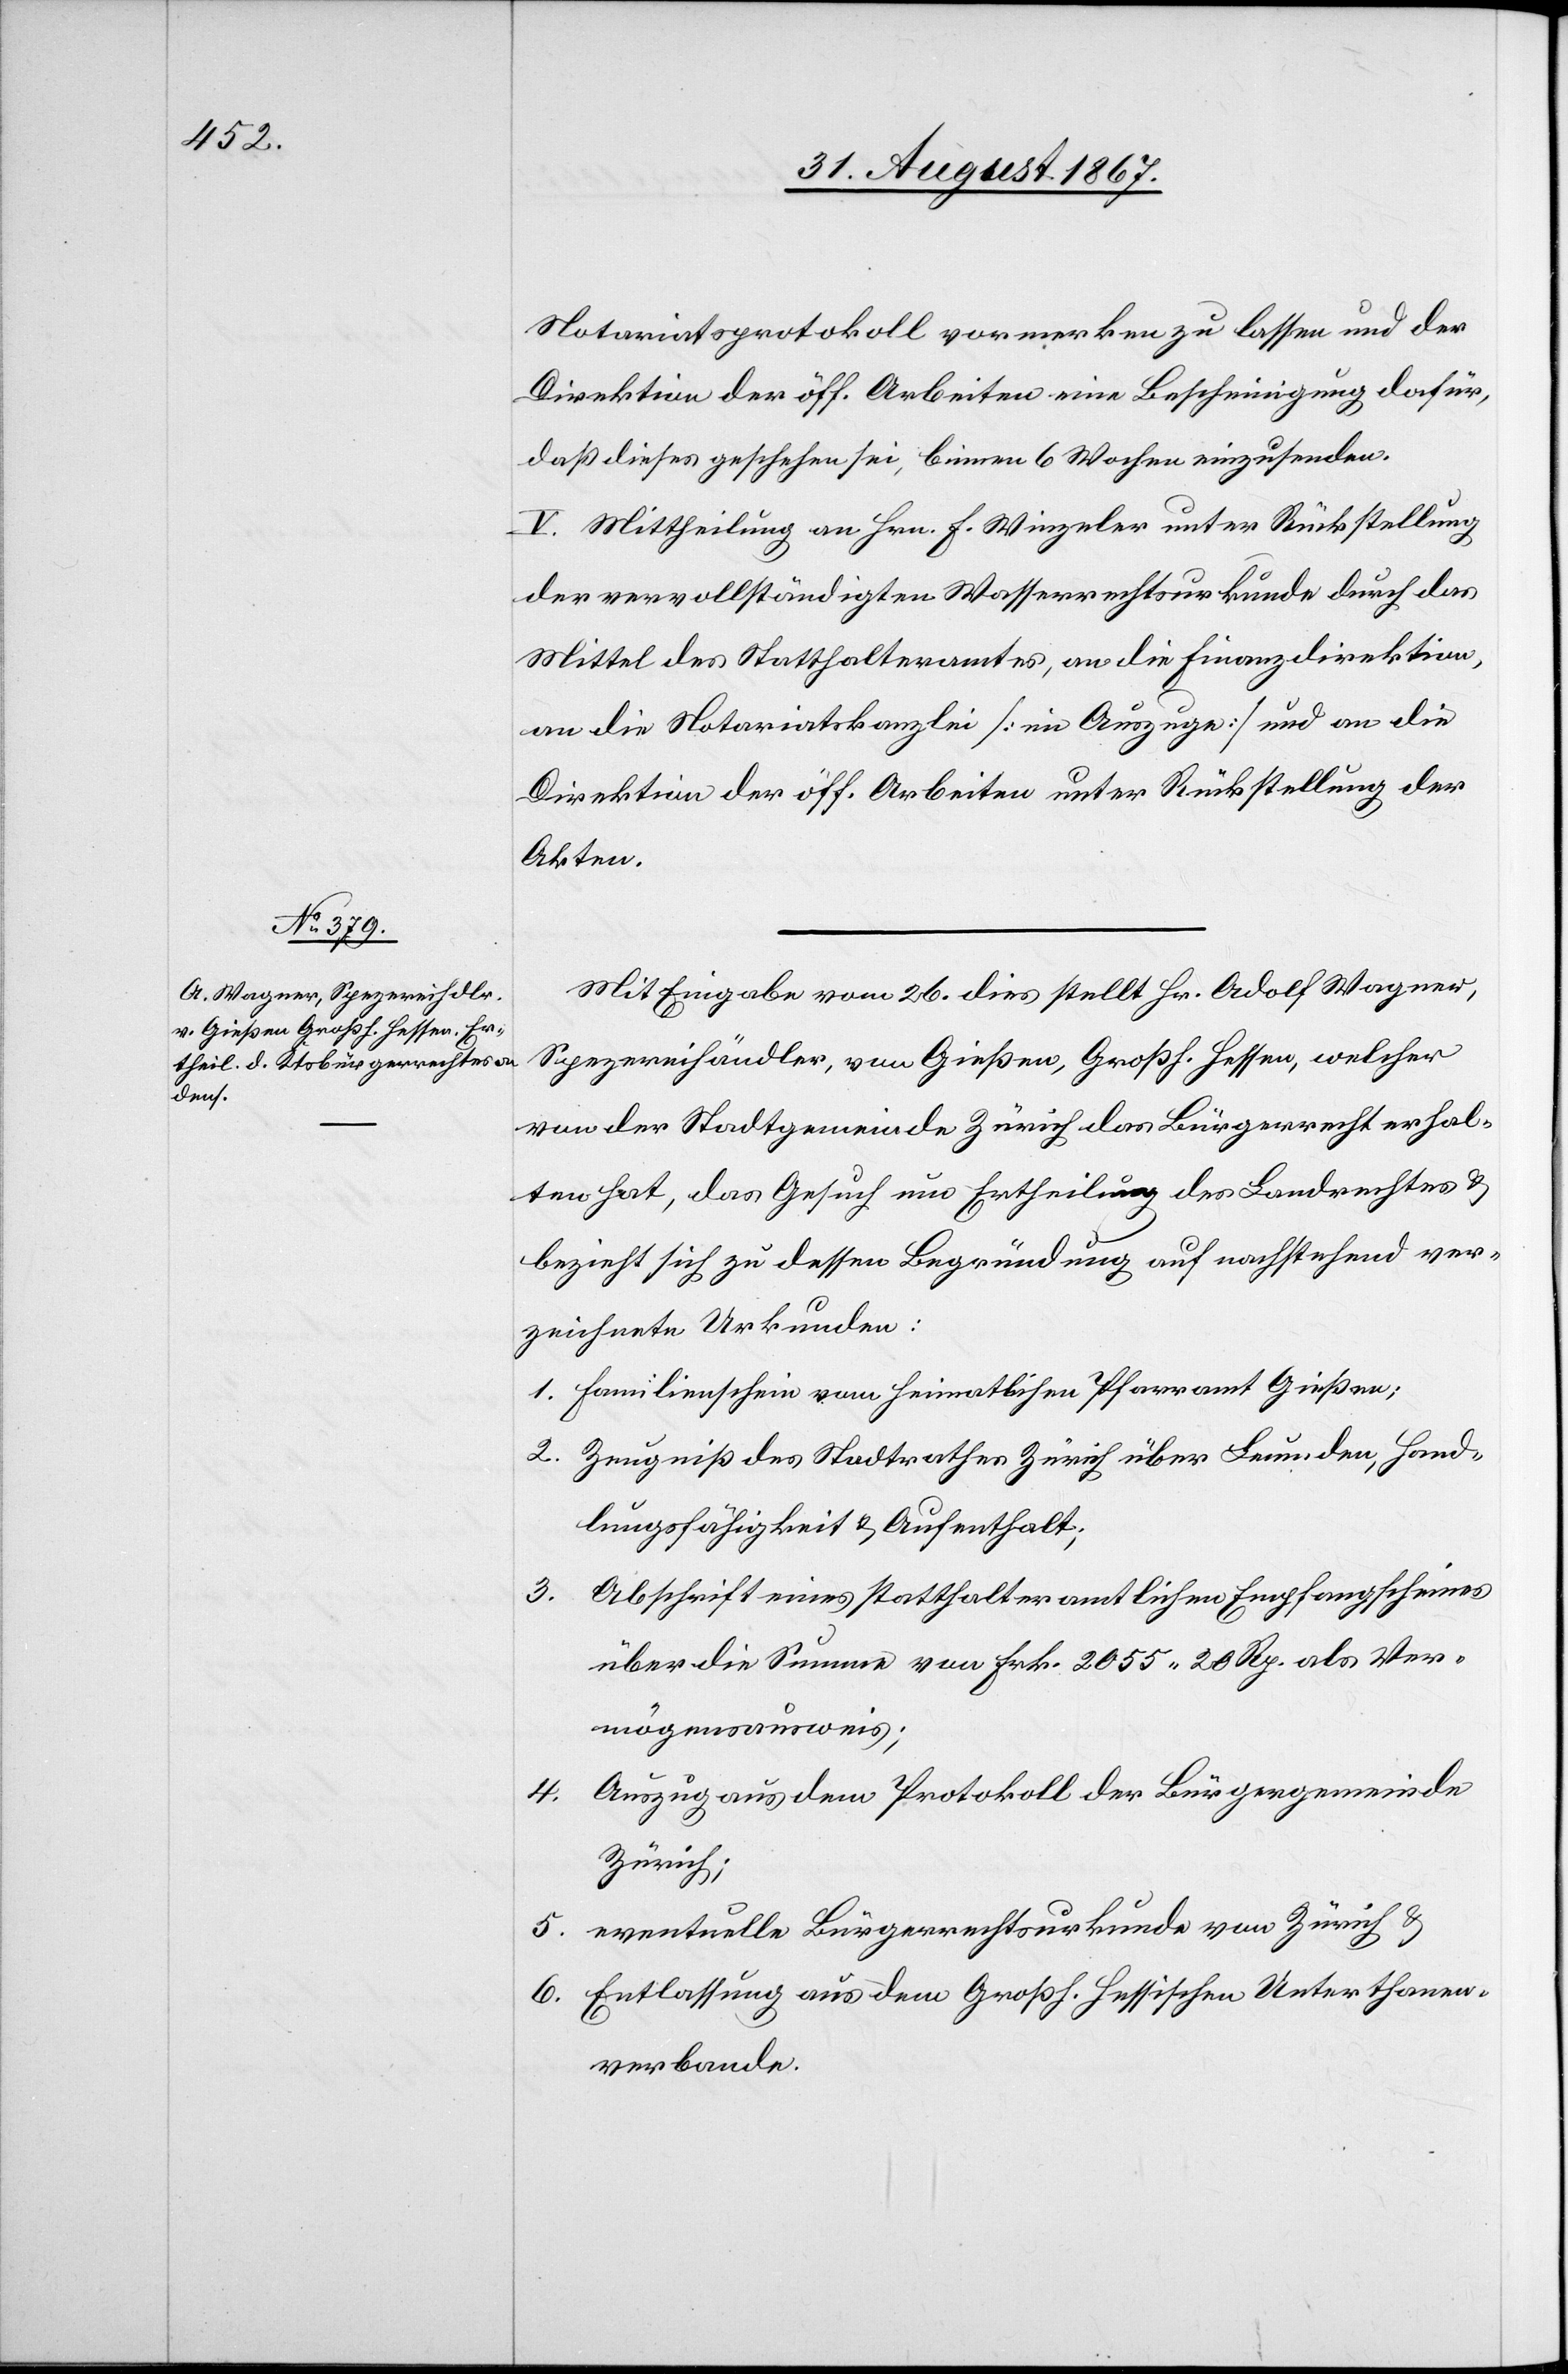
Notariatsprotokoll vormerken zu lassen und der
Direktion der öff. Arbeiten eine Bescheinigung dafür,
daß dieses geschehen ist, binnen 6 Wochen einzusenden.
V. Mittheilung an Hrn. F. Winzeler unter Rückstellung
der vervollständigten Wasserrechtsurkunde durch das
Mittel des Statthalteramtes, an die Finanzdirektion,
an die Notariatskanzlei [im Auszuge] und an die
Direktion der öff. Arbeiten unter Rückstellung der
Akten.
Mit Eingabe vom 26. dies stellt Hr. Adolf Wagner,
Spezereihändler, von Gießen, Großh. Hessen, welcher
von der Stadtgemeinde Zürich das Bürgerrecht erhal¬
ten hat, das Gesuch um Ertheilung des Landrechtes u.
bezieht sich zu dessen Begründung auf nachstehend ver¬
zeichnete Urkunden:
1. Familienschein vom heimatlichen Pfarramt Gießen;
2. Zeugniß des Stadtrathes Zürich über Leumden, Hand¬
lungsfähigkeit u. Aufenthalt,
Abschrift eines statthalteramtlichen Empfangscheines
3.
über die Summe von Frk. 2055.20 Rp. als Ver¬
mögensausweis;
Auszug aus dem Protokoll der Bürgergemeinde
4.
Zürich;
5. eventuelle Bürgerrechtsurkunde von Zürich u.
6. Entlassung aus dem Großh. Hessischen Unterthanen¬
verbande.